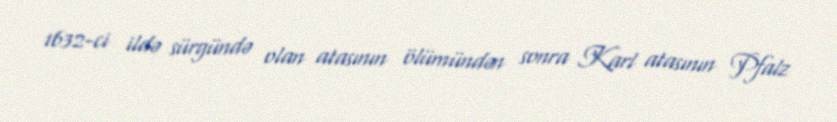
1632-ci ildə sürgündə olan atasının ölümündən sonra Karl atasının Pfalz